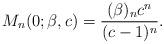
LaTeX: \begin{align*}M_{n}(0;\beta,c)=\dfrac{(\beta)_{n}c^n}{(c-1)^n}. \end{align*}